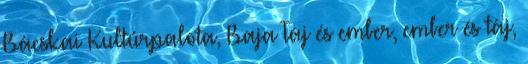
Bácskai Kultúrpalota, Baja Táj és ember, ember és táj,